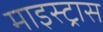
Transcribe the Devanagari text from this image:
माइस्ट्रास